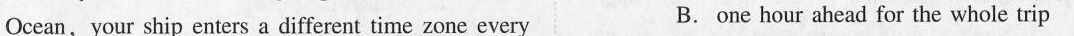
Ocean,your ship enters a different time zone every B.one hour ahead for the whole trip